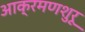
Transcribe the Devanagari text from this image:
आक्रमणशुरू